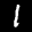
Label: 1